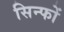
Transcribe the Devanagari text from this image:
सिन्फों